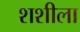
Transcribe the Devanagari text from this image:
शशीला